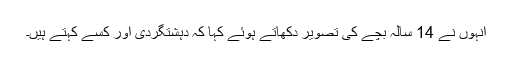
انہوں نے 14 سالہ بچے کی تصویر دکھاتے ہوئے کہا کہ دہشتگردی اور کسے کہتے ہیں۔